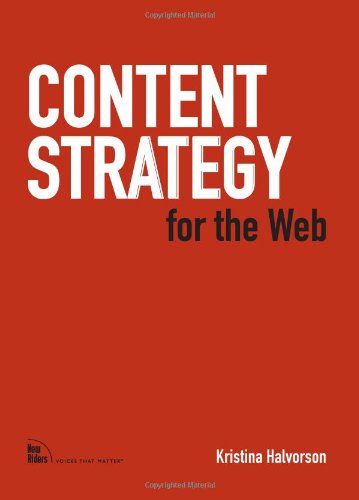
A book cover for Content Strategy for the Web; Kristina Halvorson; Computers & Technology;